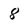
Character: 8